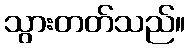
သွားတတ်သည်။